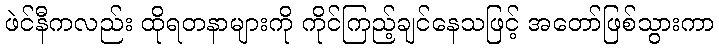
ဖဲင်နီကလည်း ထိုရတနာများကို ကိုင်ကြည့်ချင်နေသဖြင့် အတော်ဖြစ်သွားကာ